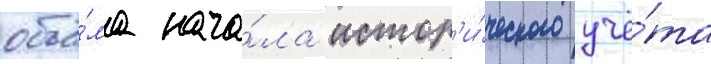
объё́ма нача́ла истор'и́ческого учё́та